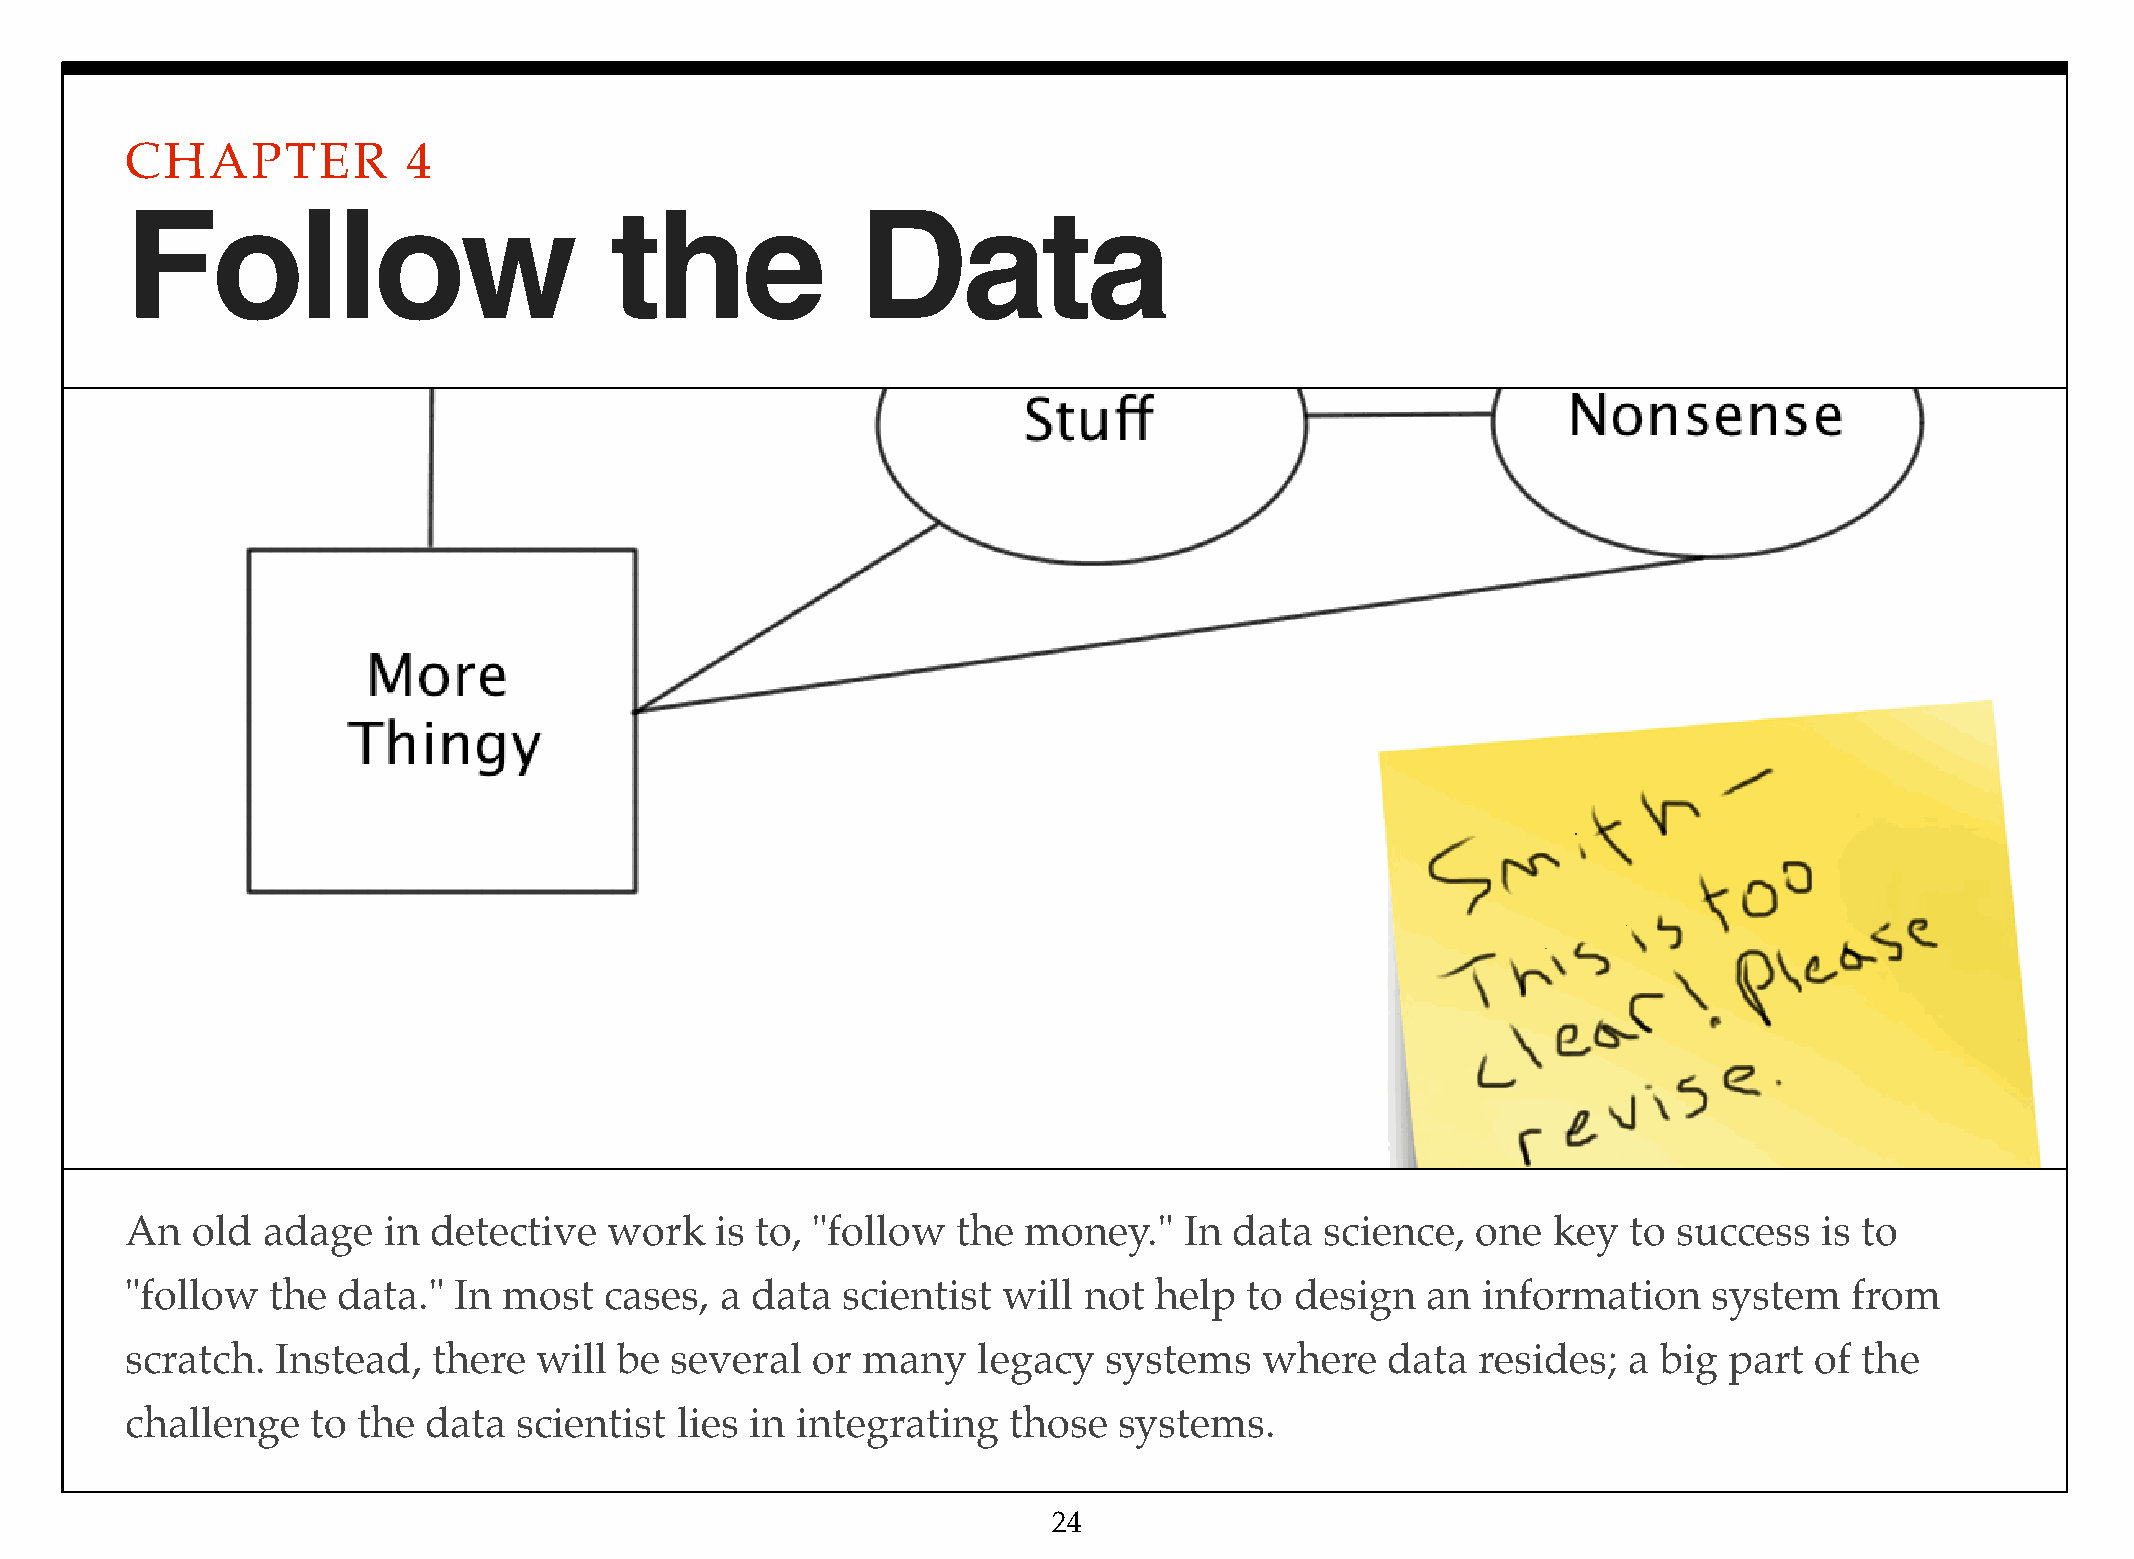
CHAPTER            4
 Follow                          the              Data
 An   old adage   in detective   work   is to, "follow  the  money."   In  data  science,  one  key  to success   is to
 "follow   the data."  In most   cases,  a data  scientist will  not help   to design  an  information    system    from
 scratch.  Instead,   there will  be several   or many    legacy  systems    where   data  resides;  a big part  of the
 challenge    to the data  scientist  lies in integrating   those  systems.
 24